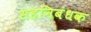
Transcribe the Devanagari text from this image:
सहनिबंधक